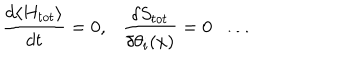
\frac { d \langle H _ { t o t } \rangle } { d t } = 0 , \frac { \delta S _ { t o t } } { \delta \theta _ { i } ( x ) } = 0 \ldots